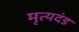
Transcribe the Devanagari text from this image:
मृत्यदंड